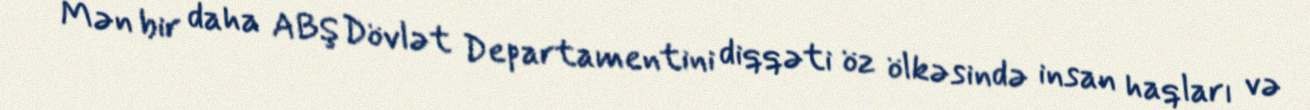
Mən bir daha ABŞ Dövlət Departamentini diqqəti öz ölkəsində insan haqları və